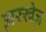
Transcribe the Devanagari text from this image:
ज़रखेज़